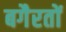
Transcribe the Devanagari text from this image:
बगैरतों